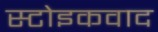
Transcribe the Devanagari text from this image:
स्टोइकवाद